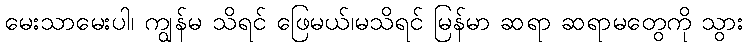
မေးသာမေးပါ၊ ကျွန်မ သိရင် ဖြေမယ်၊မသိရင် မြန်မာ ဆရာ ဆရာမတွေကို သွား